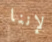
لإننا